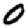
Digit: 0